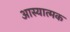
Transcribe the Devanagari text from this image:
आस्यात्मक